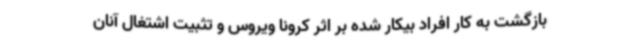
بازگشت به کار افراد بیکار شده بر اثر کرونا ویروس و تثبیت اشتغال آنان